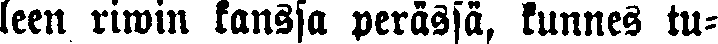
leen riwin kanssa perässä, kunnes tu-